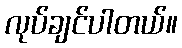
လုပ်ချင်ပါတယ်။